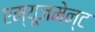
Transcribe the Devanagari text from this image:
एम्‍यूजमेन्‍ट